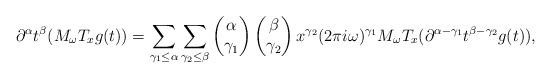
LaTeX: \begin{align*}\partial^\alpha t^\beta (M_\omega T_x g(t)) = \sum_{\gamma_1 \leq \alpha} \sum_{\gamma_2 \leq \beta} \begin{pmatrix}\alpha \\ \gamma_1\end{pmatrix}\begin{pmatrix}\beta \\ \gamma_2\end{pmatrix}x^{\gamma_2} (2 \pi i \omega)^{\gamma_1} M_\omega T_x ( \partial^{\alpha-\gamma_1} t^{\beta-\gamma_2} g(t)),\end{align*}